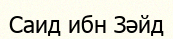
Саид ибн Зәйд